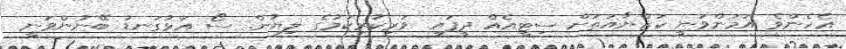
އެހެންވެ އަމަންވަނީ ކަޒްޔާއަތަށް ސިޓީއެއް ދީފައި. ވަރިކުރިކަމުގެ ލިޔުން. ސޯ އަޅުގަނޑު ބޭނުންވަނީ